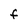
Character: F